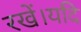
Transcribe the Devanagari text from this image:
रखें।यदि